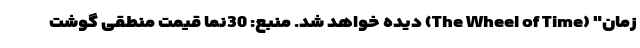
زمان" (The Wheel of Time) دیده خواهد شد. منبع: 30نما قیمت منطقی گوشت